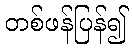
တစ်ဖန်ပြန်၍